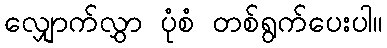
လျှောက်လွှာ ပုံစံ တစ်ရွက်ပေးပါ။